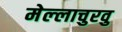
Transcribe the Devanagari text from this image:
मेल्‍लाचुरवु